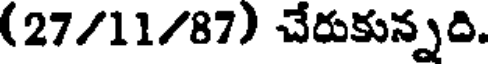
(27/11/87) చేరుకున్నది.